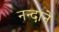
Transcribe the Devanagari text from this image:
नन्दाने